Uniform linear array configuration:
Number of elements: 12
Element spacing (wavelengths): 0.5
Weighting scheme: cosine
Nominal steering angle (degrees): -15
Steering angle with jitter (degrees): -15.945
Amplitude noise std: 0.05
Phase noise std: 0.05

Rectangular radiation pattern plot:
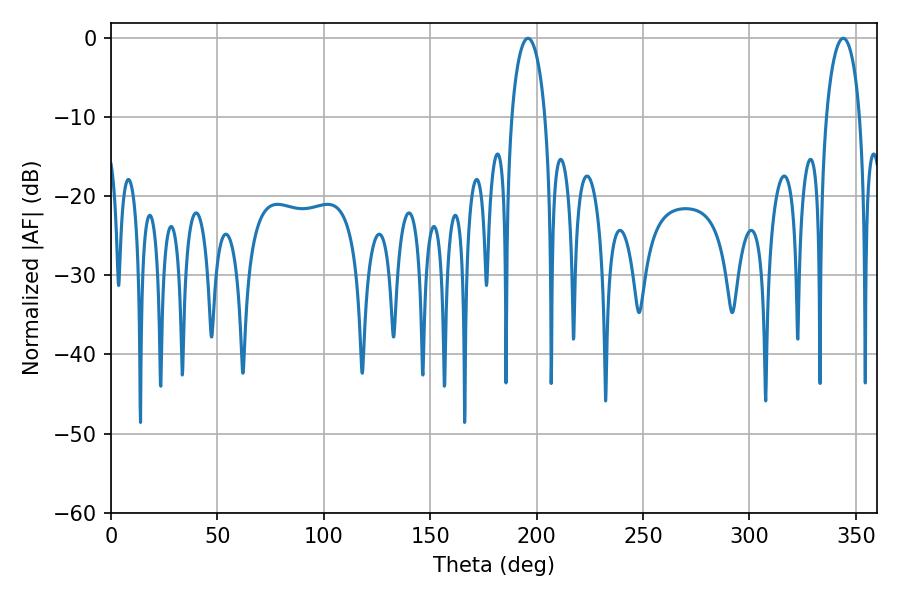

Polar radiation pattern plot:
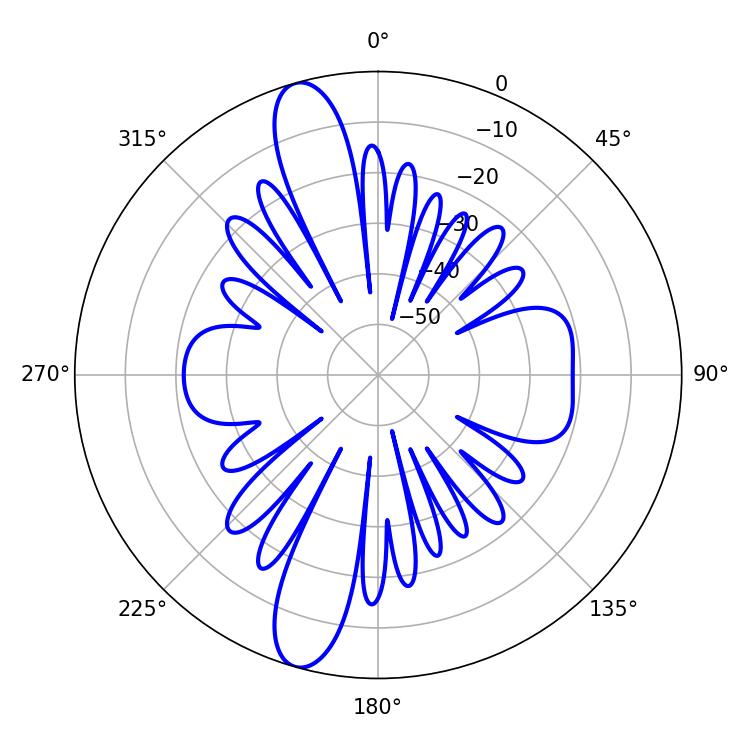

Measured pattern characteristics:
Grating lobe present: FALSE
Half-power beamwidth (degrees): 9
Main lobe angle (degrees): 195.84